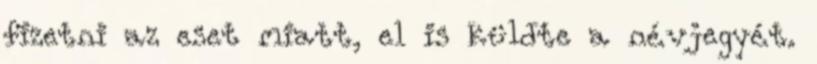
fizetni az eset miatt, el is küldte a névjegyét.